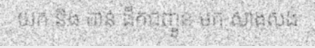
យក និង បាន ដឹកជញ្ចូន មក សាងសង់